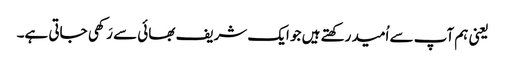
یعنی ہم آپ سے اُمید رکھتے ہیں جو ایک شریف بھائی سے رَکھی جاتی ہے۔